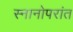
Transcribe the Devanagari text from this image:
स्नानोपरांत